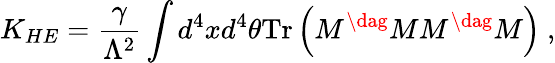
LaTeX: K_{HE}={\frac{\gamma}{\Lambda^{2}}}\int d^{4}xd^{4}\theta\mathrm{Tr}\left(M^{\dag}MM^{\dag}M\right)\ ,